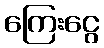
ကြေးငွေ